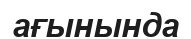
ағынында